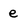
Character: e